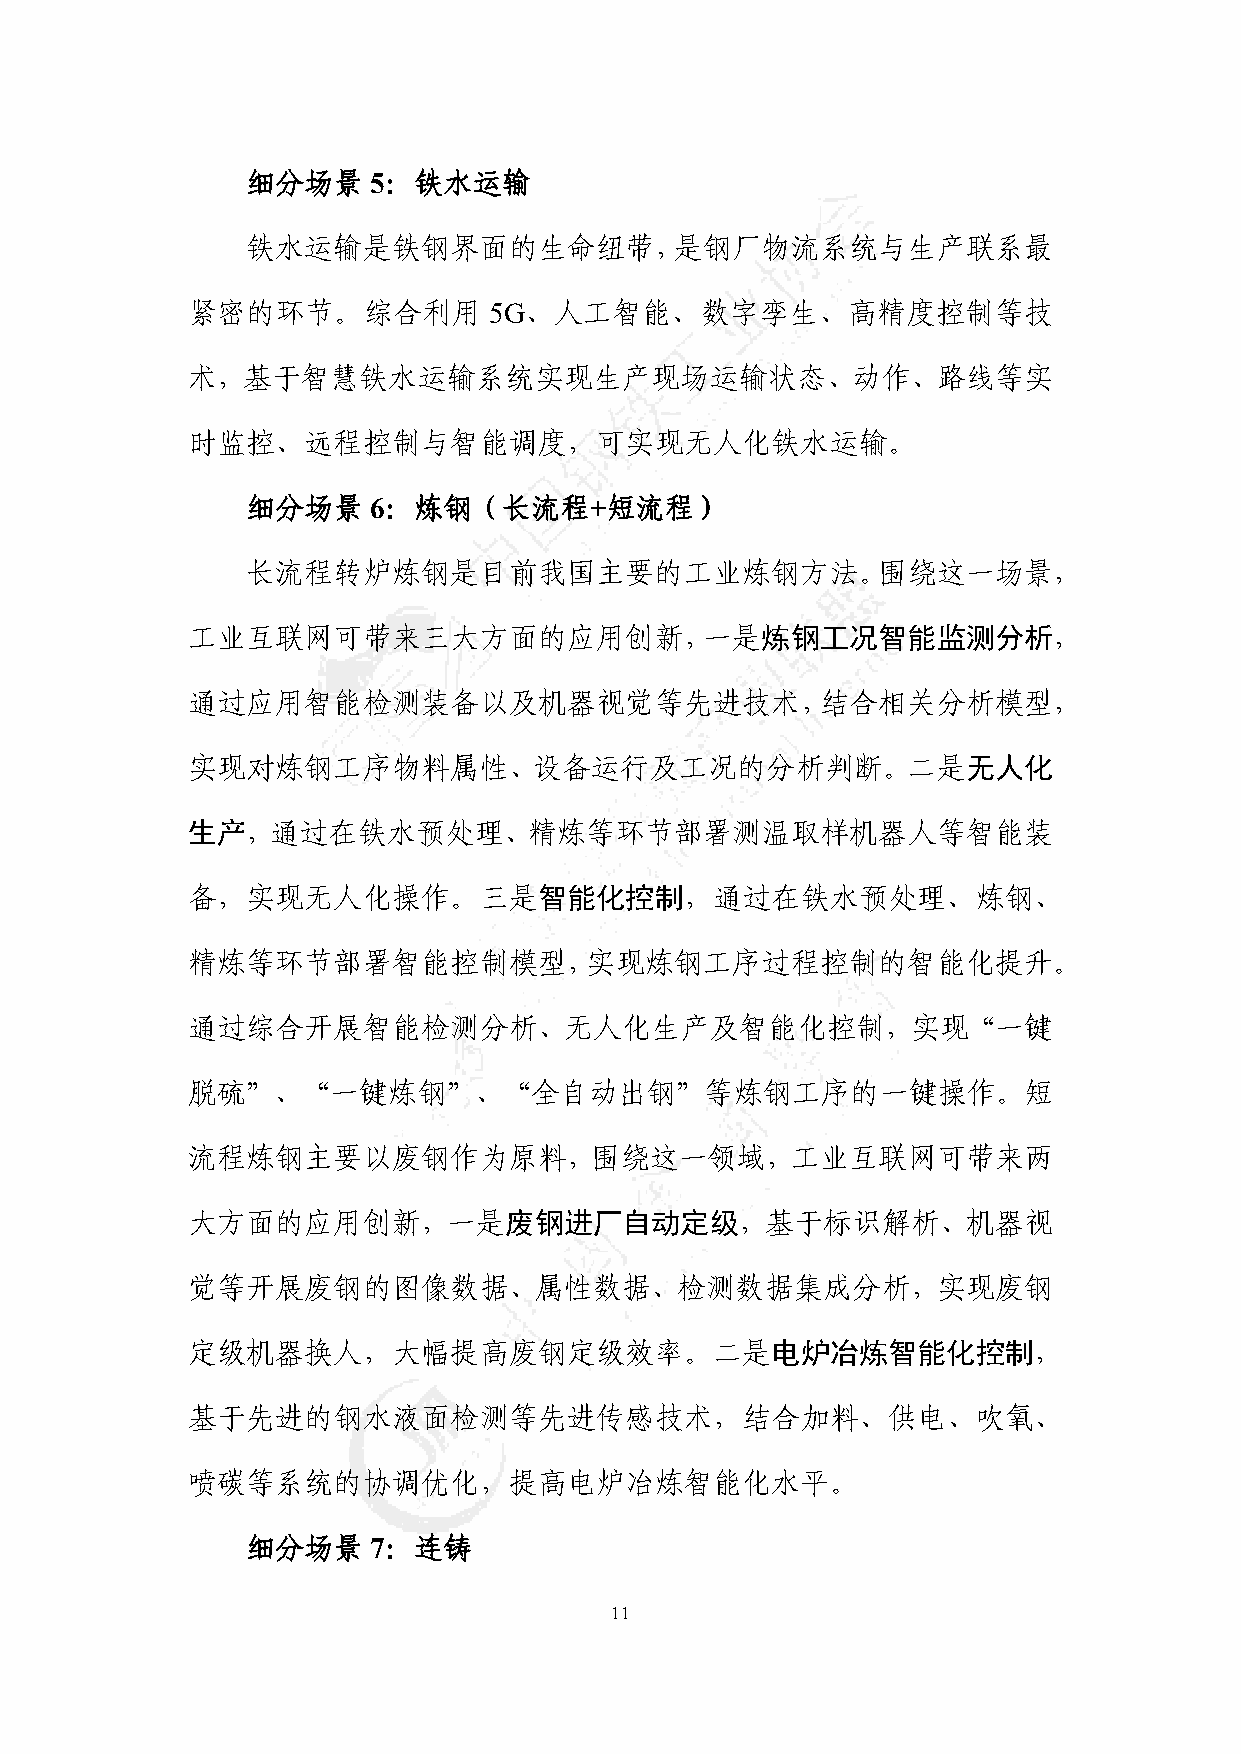
细分场景     5：铁水运输
 铁水运输是铁钢界面的生命纽带，是钢厂物流系统与生产联系最
 紧密的环节。综合利用          5G、人工智能、数字孪生、高精度控制等技
 术，基于智慧铁水运输系统实现生产现场运输状态、动作、路线等实
 时监控、远程控制与智能调度，可实现无人化铁水运输。
 细分场景     6：炼钢（长流程+短流程）
 长流程转炉炼钢是目前我国主要的工业炼钢方法。围绕这一场景，
 工业互联网可带来三大方面的应用创新，一是炼钢工况智能监测分析，
 通过应用智能检测装备以及机器视觉等先进技术，结合相关分析模型，
 实现对炼钢工序物料属性、设备运行及工况的分析判断。二是无人化
 生产，通过在铁水预处理、精炼等环节部署测温取样机器人等智能装
 备，实现无人化操作。三是智能化控制，通过在铁水预处理、炼钢、
 精炼等环节部署智能控制模型，实现炼钢工序过程控制的智能化提升。
 通过综合开展智能检测分析、无人化生产及智能化控制，实现“一键
 脱硫”、“一键炼钢”、“全自动出钢”等炼钢工序的一键操作。短
 流程炼钢主要以废钢作为原料，围绕这一领域，工业互联网可带来两
 大方面的应用创新，一是废钢进厂自动定级，基于标识解析、机器视
 觉等开展废钢的图像数据、属性数据、检测数据集成分析，实现废钢
 定级机器换人，大幅提高废钢定级效率。二是电炉冶炼智能化控制，
 基于先进的钢水液面检测等先进传感技术，结合加料、供电、吹氧、
 喷碳等系统的协调优化，提高电炉冶炼智能化水平。
 细分场景     7：连铸
 11